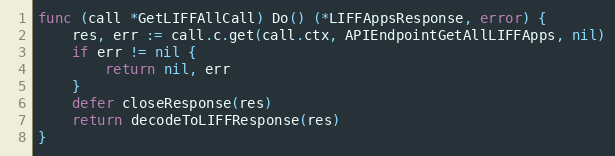
Language: Go
func (call *GetLIFFAllCall) Do() (*LIFFAppsResponse, error) {
	res, err := call.c.get(call.ctx, APIEndpointGetAllLIFFApps, nil)
	if err != nil {
		return nil, err
	}
	defer closeResponse(res)
	return decodeToLIFFResponse(res)
}